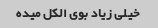
خیلی زیاد بوی‌ الکل میده